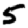
Digit: 5